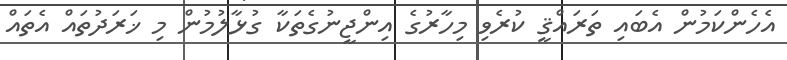
އެހެންކަމުން އެބައި ތަރައްޤީ ކުރެވި މިހާރުގެ އިންޖީނުގެތަކާ ގުޅާލުމުން މި ޚަރަދުތައް އެތައް